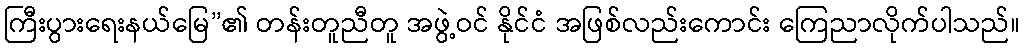
ကြီးပွားရေးနယ်မြေ”၏ တန်းတူညီတူ အဖွဲ့ဝင် နိုင်ငံ အဖြစ်လည်းကောင်း ကြေညာလိုက်ပါသည်။